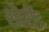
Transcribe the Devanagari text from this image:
शौरींद्र